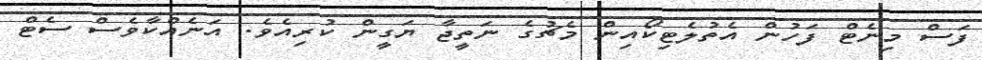
ފަސް މިނެޓް ފަހުން އެތުލެޓިކޯއިން މެޗުގެ ނަތީޖާ ޔަގީން ކުރިއެވެ. އަނެއްކާވެސް ސެޓް